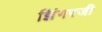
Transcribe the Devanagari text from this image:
झिंगरजी